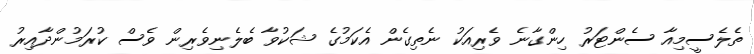
ތެލެސީމިއާ ސެންޓަރު ހިންގާނެ ވެރިއަކު ނެތިގެން އެކަމުގެ ޝަކުވާ ބެލެނިވެރިން ވެސް ކުރަމުންދާއިރު